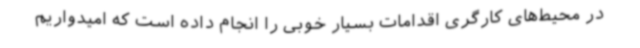
در محیط‌های کارگری اقدامات بسیار خوبی را انجام داده‌ است که امیدواریم